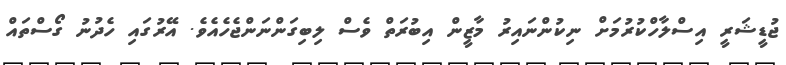
ޖުޑީޝަރީ އިސްލާހްކުރުމަށް ނިކުންނައިރު މާޒީން އިބުރަތް ވެސް ލިބިގަންނަންޖެހެއެވެ. އޭރުގައި ހެދުނު ގޯސްތައް